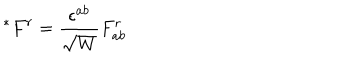
^ { \ast } F ^ { r } = \frac { \epsilon ^ { a b } } { \sqrt { W } } F _ { a b } ^ { r }